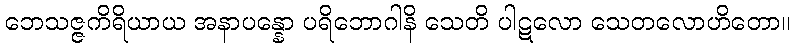
ဘေသဇ္ဇကိရိယာယ အနာပန္နော ပရိဘောဂါနိ သေတိ ပါဋလော သေတလောဟိတော။